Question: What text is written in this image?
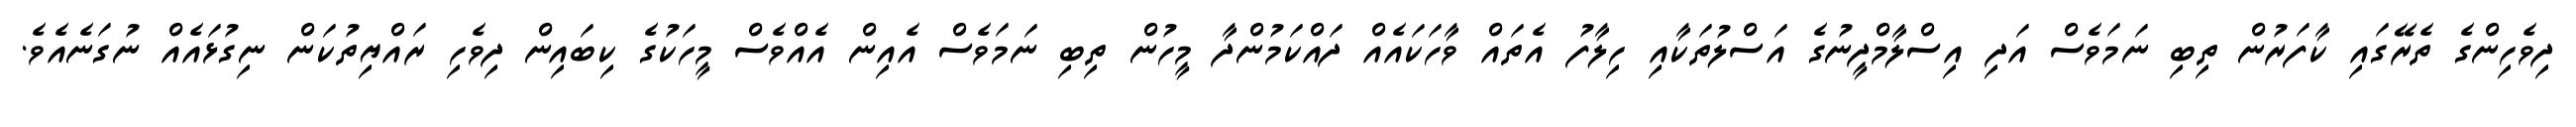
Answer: ދިވެހިންގެ ތެރޭގައި ކާފަރުން ތިބި ނަމަވެސް އަދި އިސްލާމްދީނުގެ އަސްލުތަކާއި ހިލާފު އެތައް ވާހަކައެއް ދައްކަމުންދާ މީހުން ތިބި ނަމަވެސް އެއިން އެއްވެސް މީހަކުގެ ކިބައިން ދިވެހި ރައްޔިތުކަން ނިގުޅައެއް ނުގަނެއެވެ.